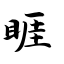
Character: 睚